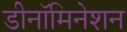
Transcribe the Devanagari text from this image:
डीनॉमिनेशन